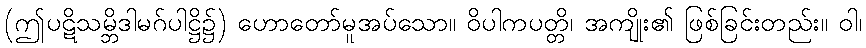
(ဤပဋိသမ္ဘိဒါမဂ်ပါဋ္ဌိ၌) ဟောတော်မူအပ်သော။ ဝိပါကပတ္တိ၊ အကျိုး၏ ဖြစ်ခြင်းတည်း။ ဝါ၊